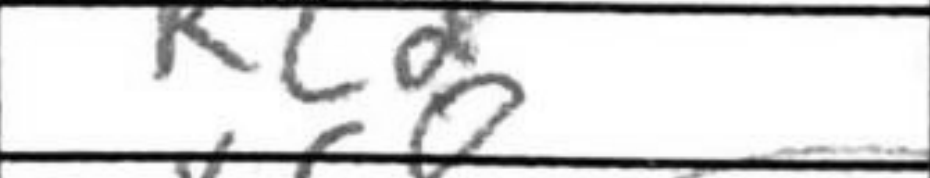
Transcription: Rc2